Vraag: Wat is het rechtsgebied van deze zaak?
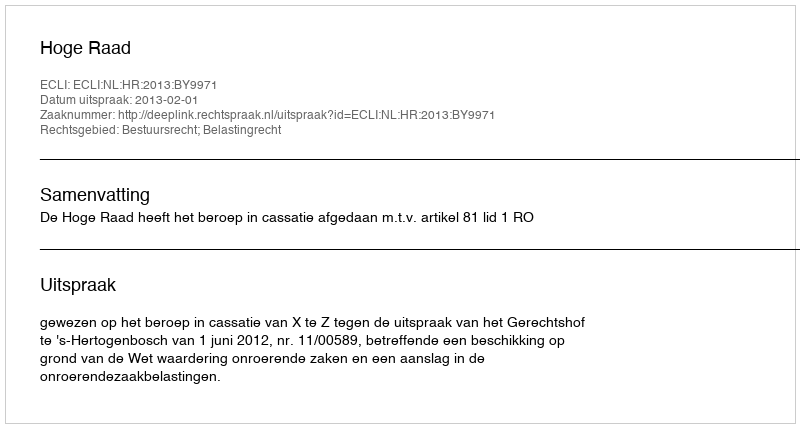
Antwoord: Bestuursrecht; Belastingrecht